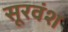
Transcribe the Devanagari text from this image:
सूरवंश